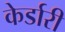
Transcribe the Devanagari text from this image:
केर्डारी